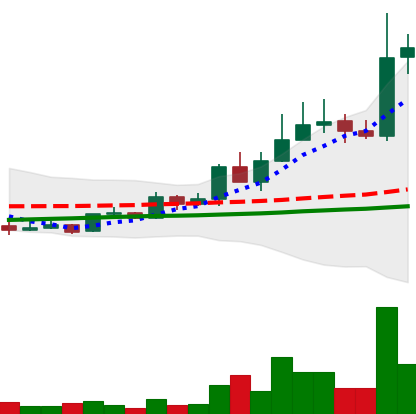
Ticker: LINK-USD
Chart end date: 2019-05-15
Forward return: 33.511%
Label: up_7plus